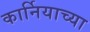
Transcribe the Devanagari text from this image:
कार्नियाच्या